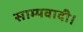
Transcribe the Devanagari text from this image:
साम्यवादी।